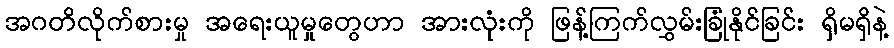
အဂတိလိုက်စားမှု အရေးယူမှုတွေဟာ အားလုံးကို ဖြန့်ကြက်လွှမ်းခြုံနိုင်ခြင်း ရှိမရှိနဲ့